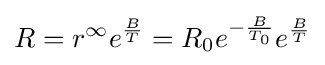
R=r^{\infty }e^{\frac {B}{T}}=R_{0}e^{-{\frac {B}{T_{0}}}}e^{\frac {B}{T}}